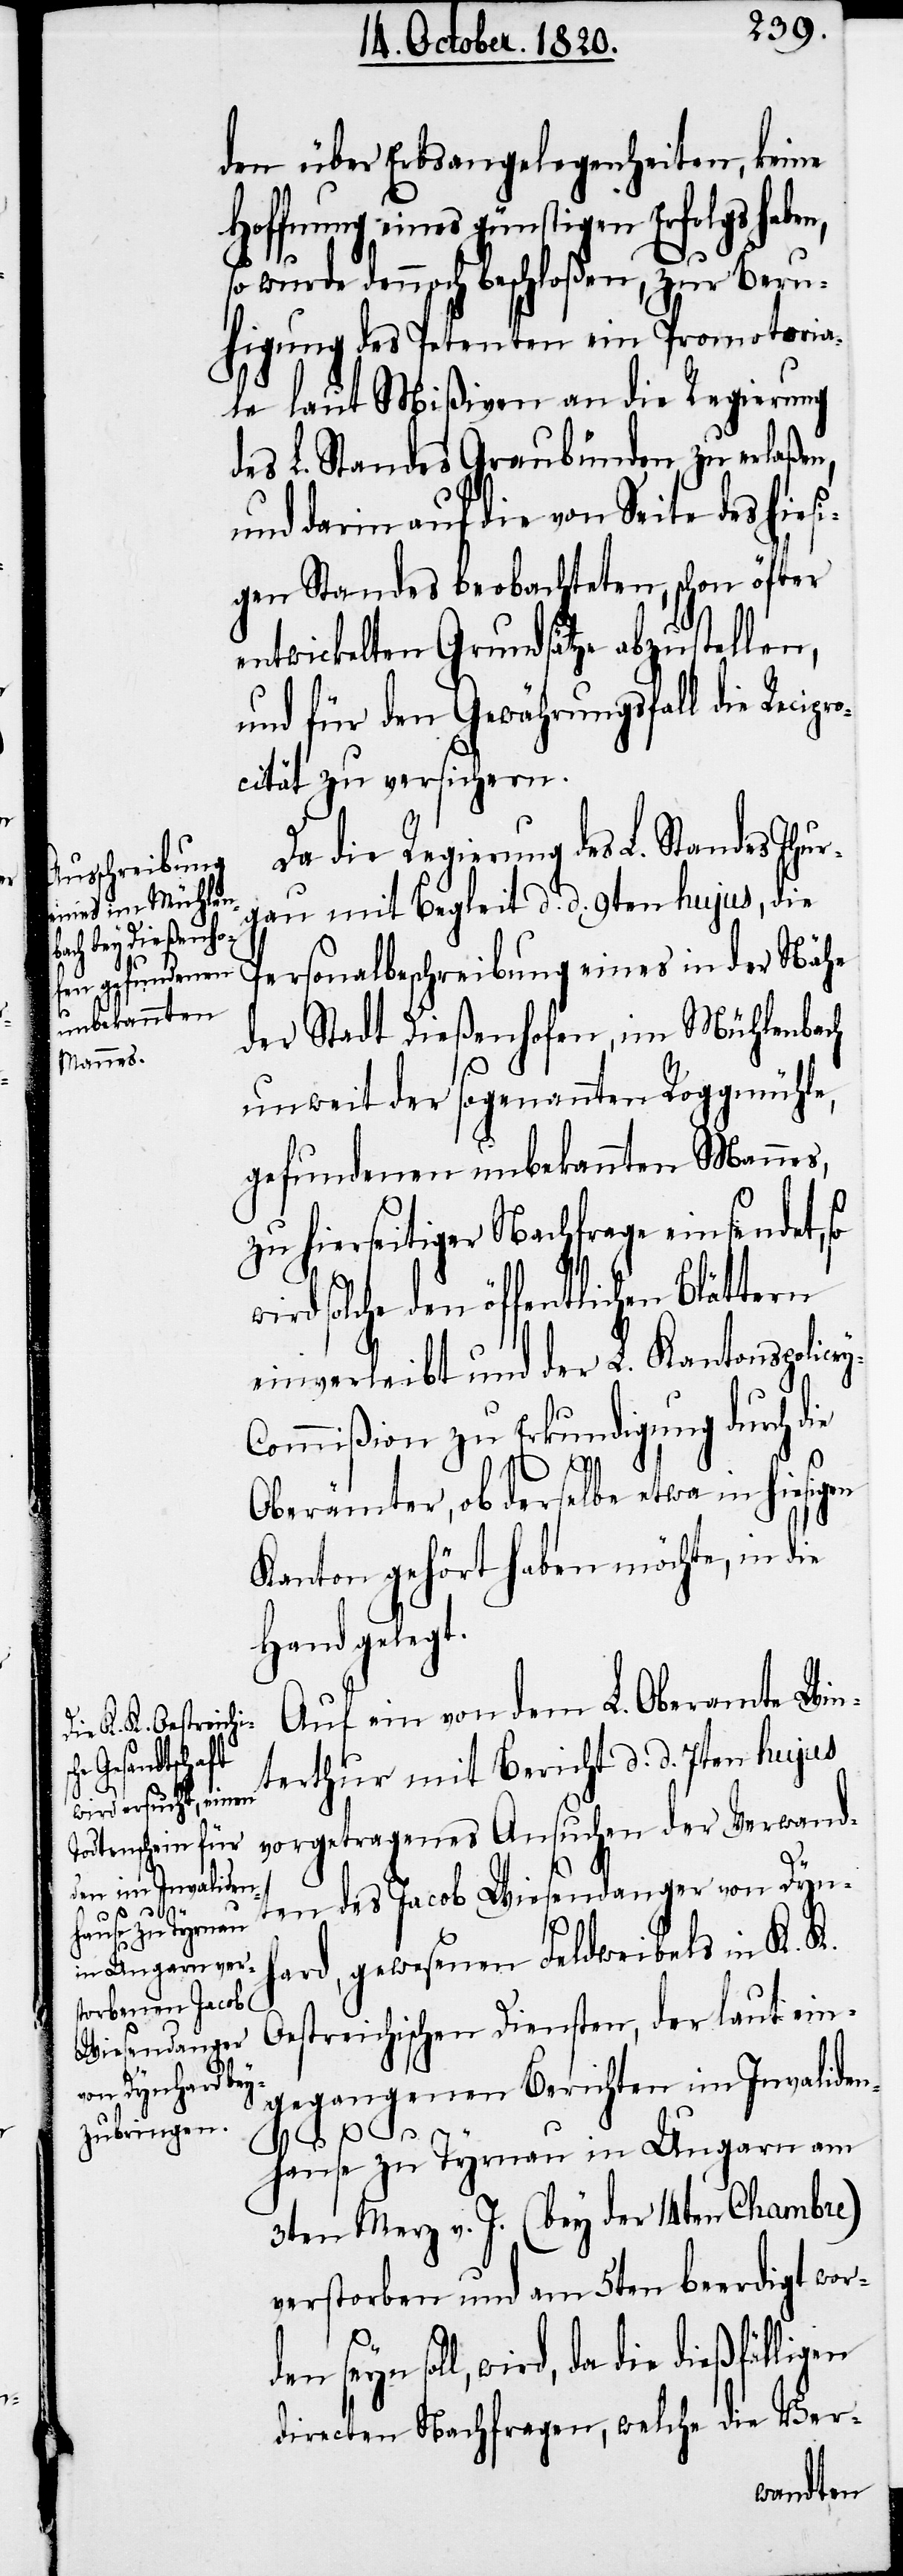
den über Erbsangelegenheiten, keine
Hoffnung eines günstigen Erfolgs haben,
wurde dennoch beschloßen, zur Beru¬
higung des Petenten ein Promotoria¬
gen Standes beobachteten, schon öfter
entwickelten Grundsätze abzustellen,
und für den Gewährungsfall die Recipr¬
ocität zu versichern.
Da die Regierung des L. Standes Thur¬
gau mit Begleit d. d. 9ten hujus, die
Personalbeschreibung eines in der Nähe
vorgetragenes
der Stadt Dießenhofen, im Mühlenbach
unweit der sogenannten Roggmühle,
gefundenen unbekannten Mannes,
zu hierseitiger Nachfrage einsendet,
wird solche den öffentlichen Blättern
einverleibt und der L. Kantonspolice¬
ommißion zu Erkundigung durch die
Ver¬
Oberämter, ob derselbe etwa in hiesigen
Kanton gehört haben möchte, in die
Hand gelegt.
Auf ein von dem L. Oberamte Win¬
le laut
terthur mit Bericht d. d. 7ten hujus
n des Jacob Wiesendanger von Dynh¬
ard, gewesenen Feldweibels in K. K.
Oestreichischen Diensten, der laut ein¬
en sey¬
gegangenen Berichten im Invaliden¬
hause zu Tyrnau in Ungarn am
3ten Merz v. J. (bey der 14ten Chambre)
verstorben und am 5ten beerdigt word¬
n soll, wird, da die dießfälligen
directen Nachfragen, welche die Ver-
wandte¬